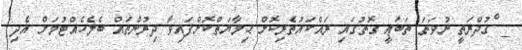
_ ްގުދްރަތީ ނުވަތަ ތަބަޢީ ގޮތުގައި ރައްކައުތެރިކޮށް ޙިމާޔަތްކޮށްފައިވާ ދިރުންތައް ބެލެހެއްޓުމަށް އެދި